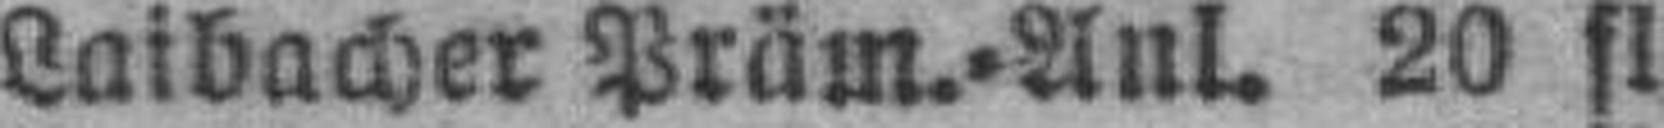
Laibacher Präm.=Anl. 20 fl.